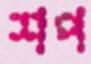
শপ